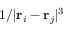
1 / \vert \mathbf { r } _ { i } - \mathbf { r } _ { j } \vert ^ { 3 }